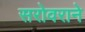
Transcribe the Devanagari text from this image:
सरोवराने